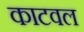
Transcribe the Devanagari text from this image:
काटवल